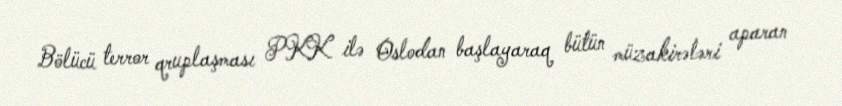
Bölücü terror qruplaşması PKK ilə Oslodan başlayaraq bütün müzakirələri aparan